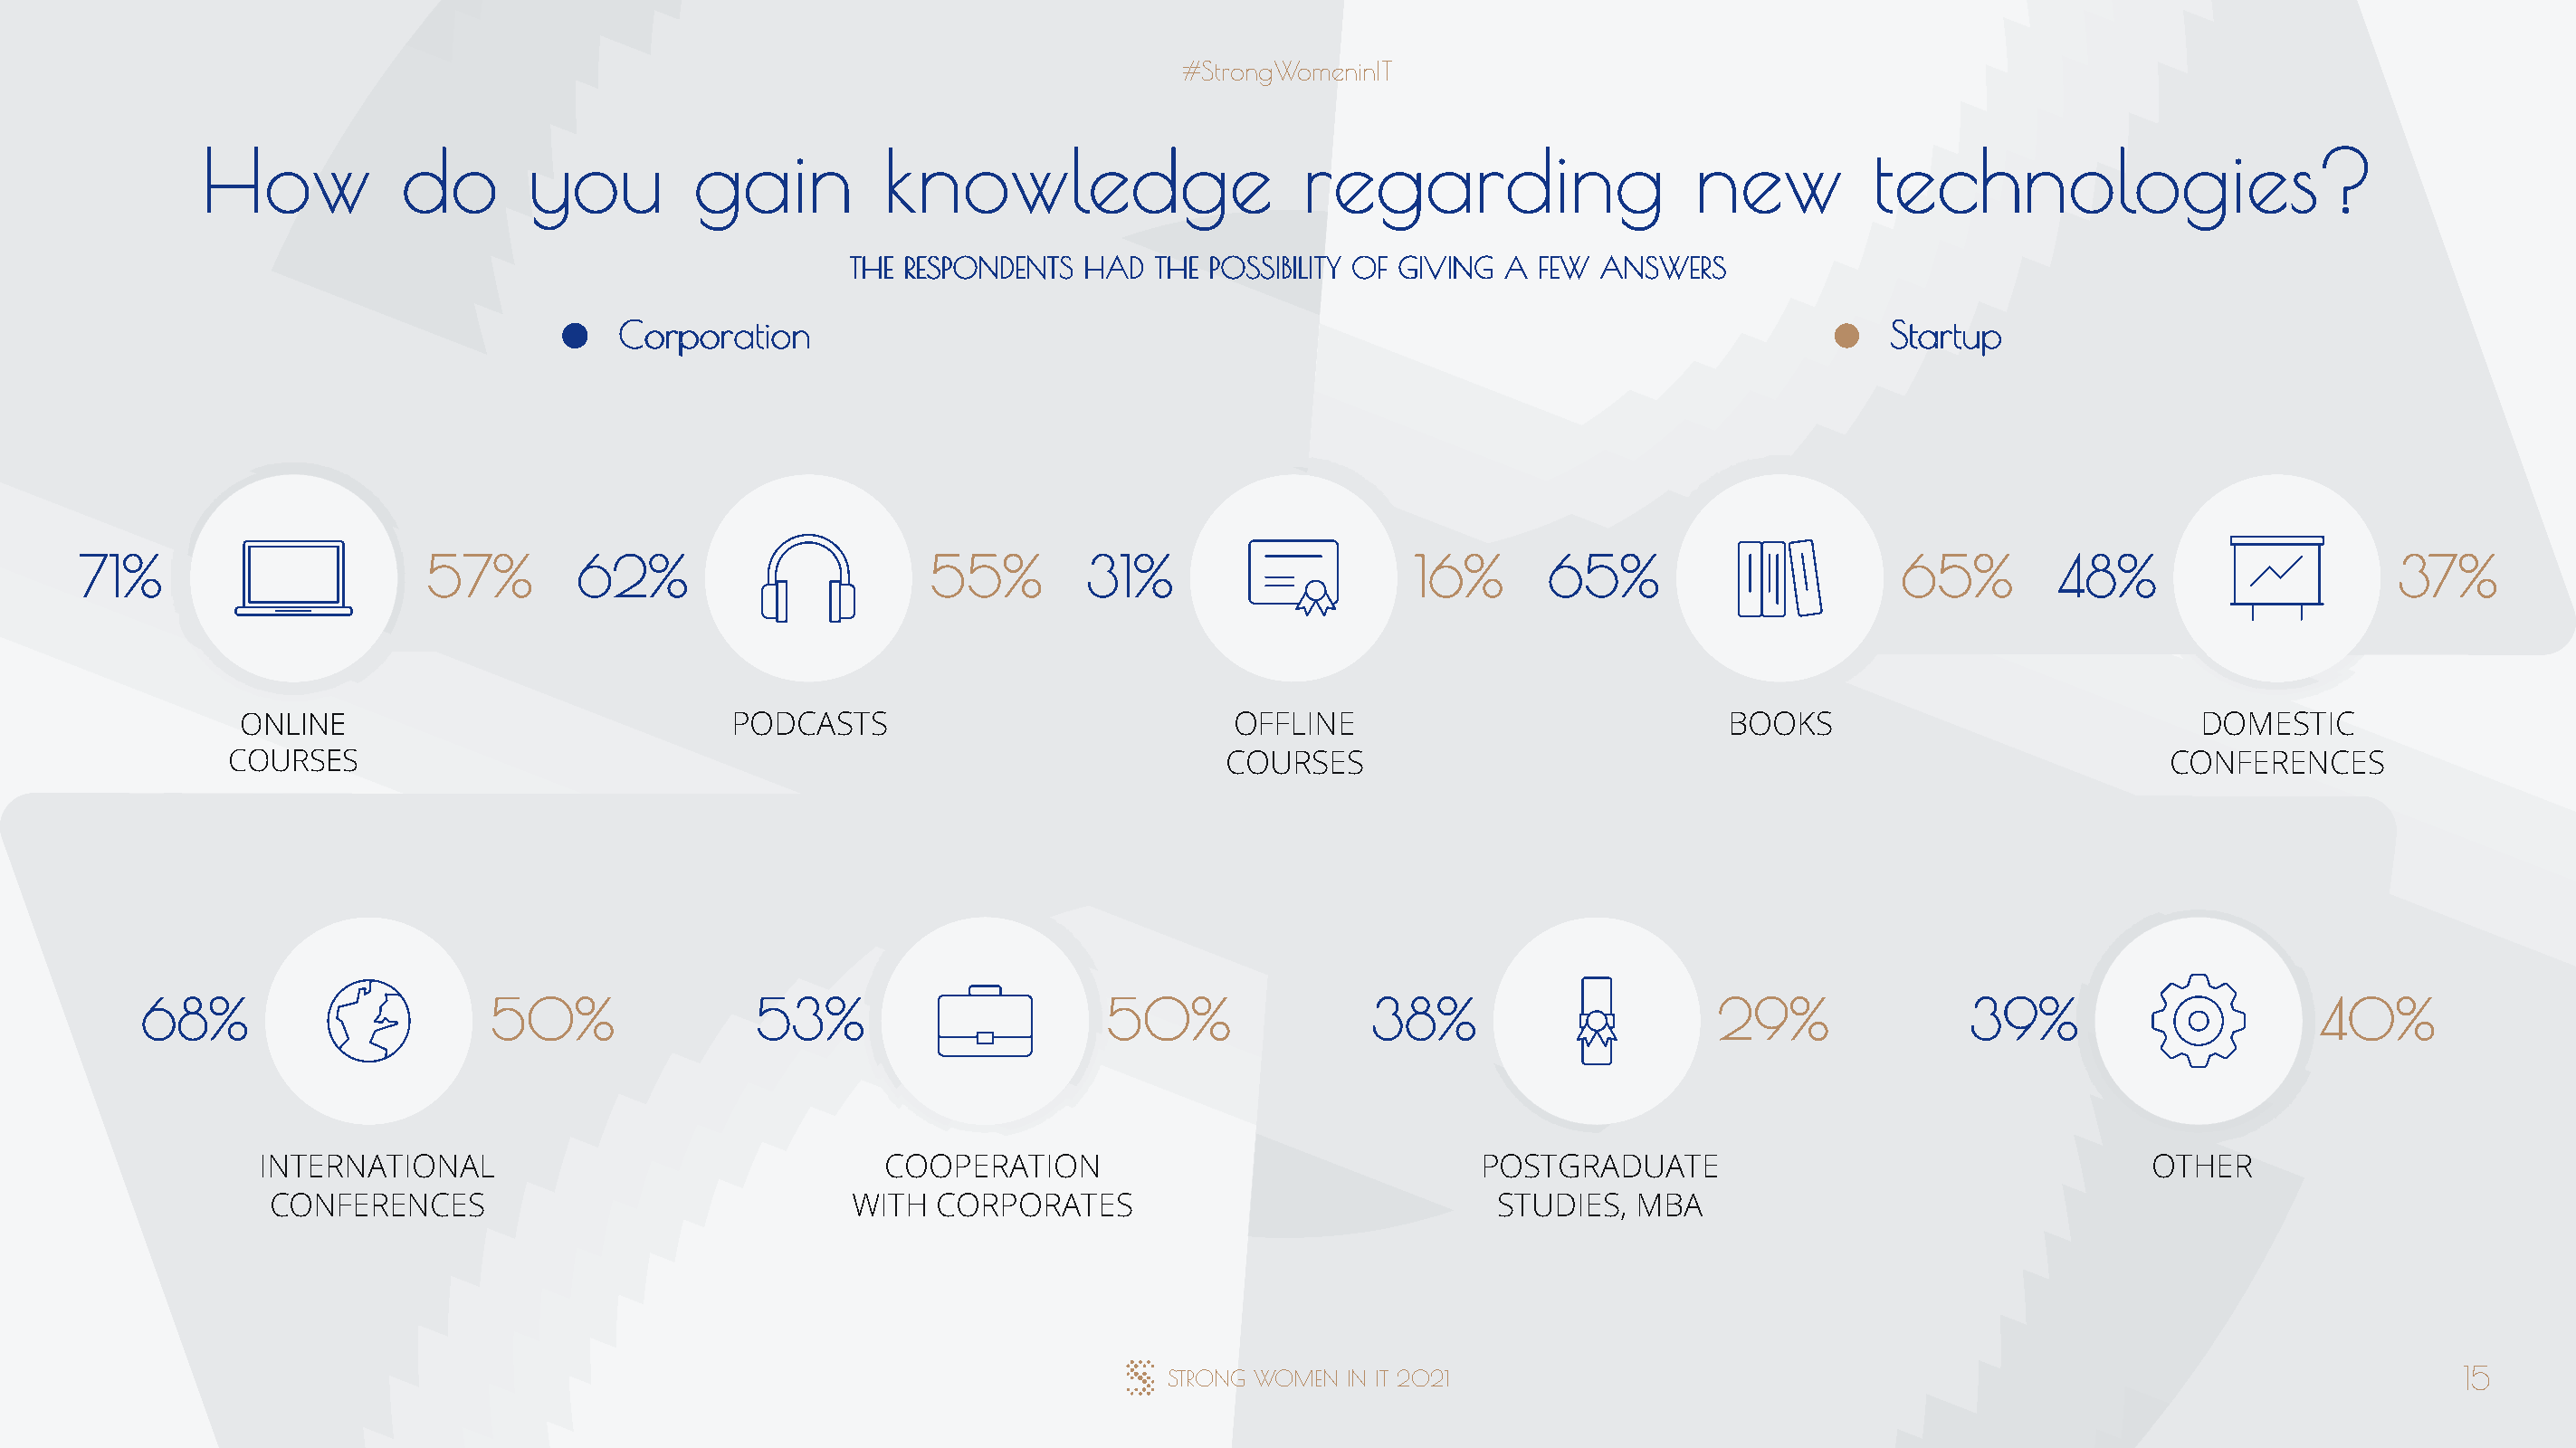
#StrongWomeninIT
 How           do        you         gain          knowledge                     regarding                    new          technologies?
 THE RESPONDENTS  HAD  THE POSSIBILITY OF GIVING A  FEW ANSWERS
 Corporation                                                                                  Startup
 71%                      57%        62%                       55%        31%                     16%       65%                       65%        48%                      37%
 ONLINE                             PODCASTS                             OFFLINE                             BOOKS                              DOMESTIC
 COURSES                                                                  COURSES                                                              CONFERENCES
 68%                       50%                53%                       50%                38%                       29%               39%                       40%
 INTERNATIONAL                                 COOPERATION                                POSTGRADUATE                                     OTHER
 CONFERENCES                               WITH   CORPORATES                               STUDIES,  MBA
 STRONG WOMEN  IN IT 2021                                                                       15